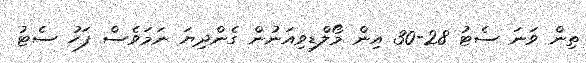
ތިން ވަނަ ސެޓު 28-30 އިން މޯލްޑިވިއަނުން ގެންދިޔަ ނަމަވެސް ފަހު ސެޓު